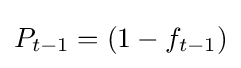
{\textstyle P_{t-1}=\left(1-f_{t-1}\right)}